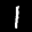
Label: 1